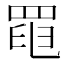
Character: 𦋍